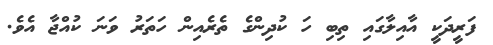
ފަރީދަކީ އާއިލާގައި ތިބި ހަ ކުދިންގެ ތެރެއިން ހަތަރު ވަނަ ކުއްޖާ އެވެ.